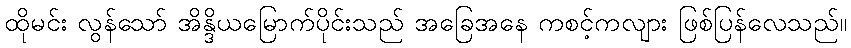
ထိုမင်း လွန်သော် အိန္ဒိယမြောက်ပိုင်းသည် အခြေအနေ ကစင့်ကလျား ဖြစ်ပြန်လေသည်။